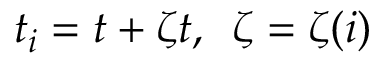
t _ { i } = t + \zeta t , \, \, \, \zeta = \zeta ( i )